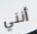
أنني